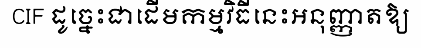
CIF ដូច្នេះជាដើមកម្មវិធីនេះអនុញ្ញាតឱ្យ